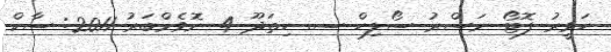
ހަވީރު ފޮޓޯ ނަސްރު ސޯލިހް ސ. ހިތަދޫ 4 ނޮވެމްބަރު 2011: ސާކް